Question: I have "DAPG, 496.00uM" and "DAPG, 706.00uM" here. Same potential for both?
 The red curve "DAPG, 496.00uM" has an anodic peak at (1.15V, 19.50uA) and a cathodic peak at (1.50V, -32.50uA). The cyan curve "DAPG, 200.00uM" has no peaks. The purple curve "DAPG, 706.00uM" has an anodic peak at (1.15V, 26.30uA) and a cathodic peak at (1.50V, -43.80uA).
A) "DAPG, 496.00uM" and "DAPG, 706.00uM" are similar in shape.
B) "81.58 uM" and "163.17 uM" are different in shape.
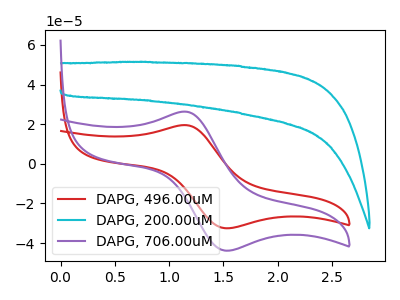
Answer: <think>All the peaks in "DAPG, 496.00uM" have a peak in "DAPG, 706.00uM" at the same potential. Every peak in "DAPG, 496.00uM" is lower than every peak in "DAPG, 706.00uM".
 </think>
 <answer>A) "DAPG, 496.00uM" and "DAPG, 706.00uM" are similar in shape.</answer>
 <eval>A</eval>